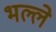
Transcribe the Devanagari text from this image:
भल्ले